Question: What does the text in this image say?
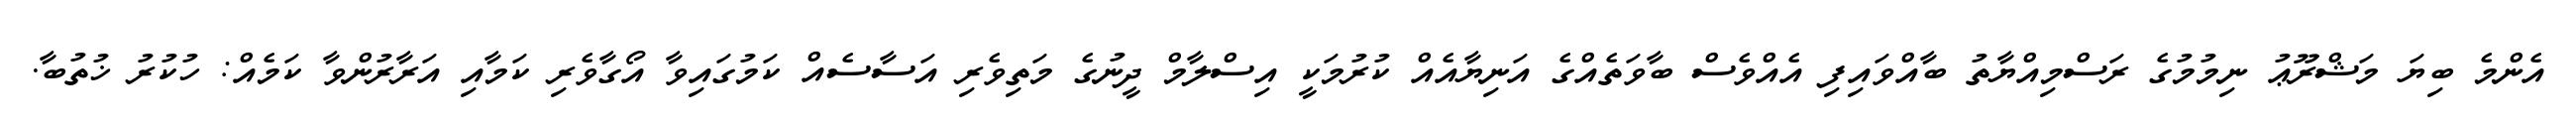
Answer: އެންމެ ބިޔަ މަޝްރޫޢު ނިމުމުގެ ރަސްމިއްޔާތު ބާއްވައިފި އެއްވެސް ބާވަތެއްގެ އަނިޔާއެއް ކުރުމަކީ އިސްލާމް ދީނުގެ މަތިވެރި އަސާސެއް ކަމުގައިވާ އޯގާވެރި ކަމާއި އަރާރުންވާ ކަމެއް: ހުކުރު ޚުތުބާ.